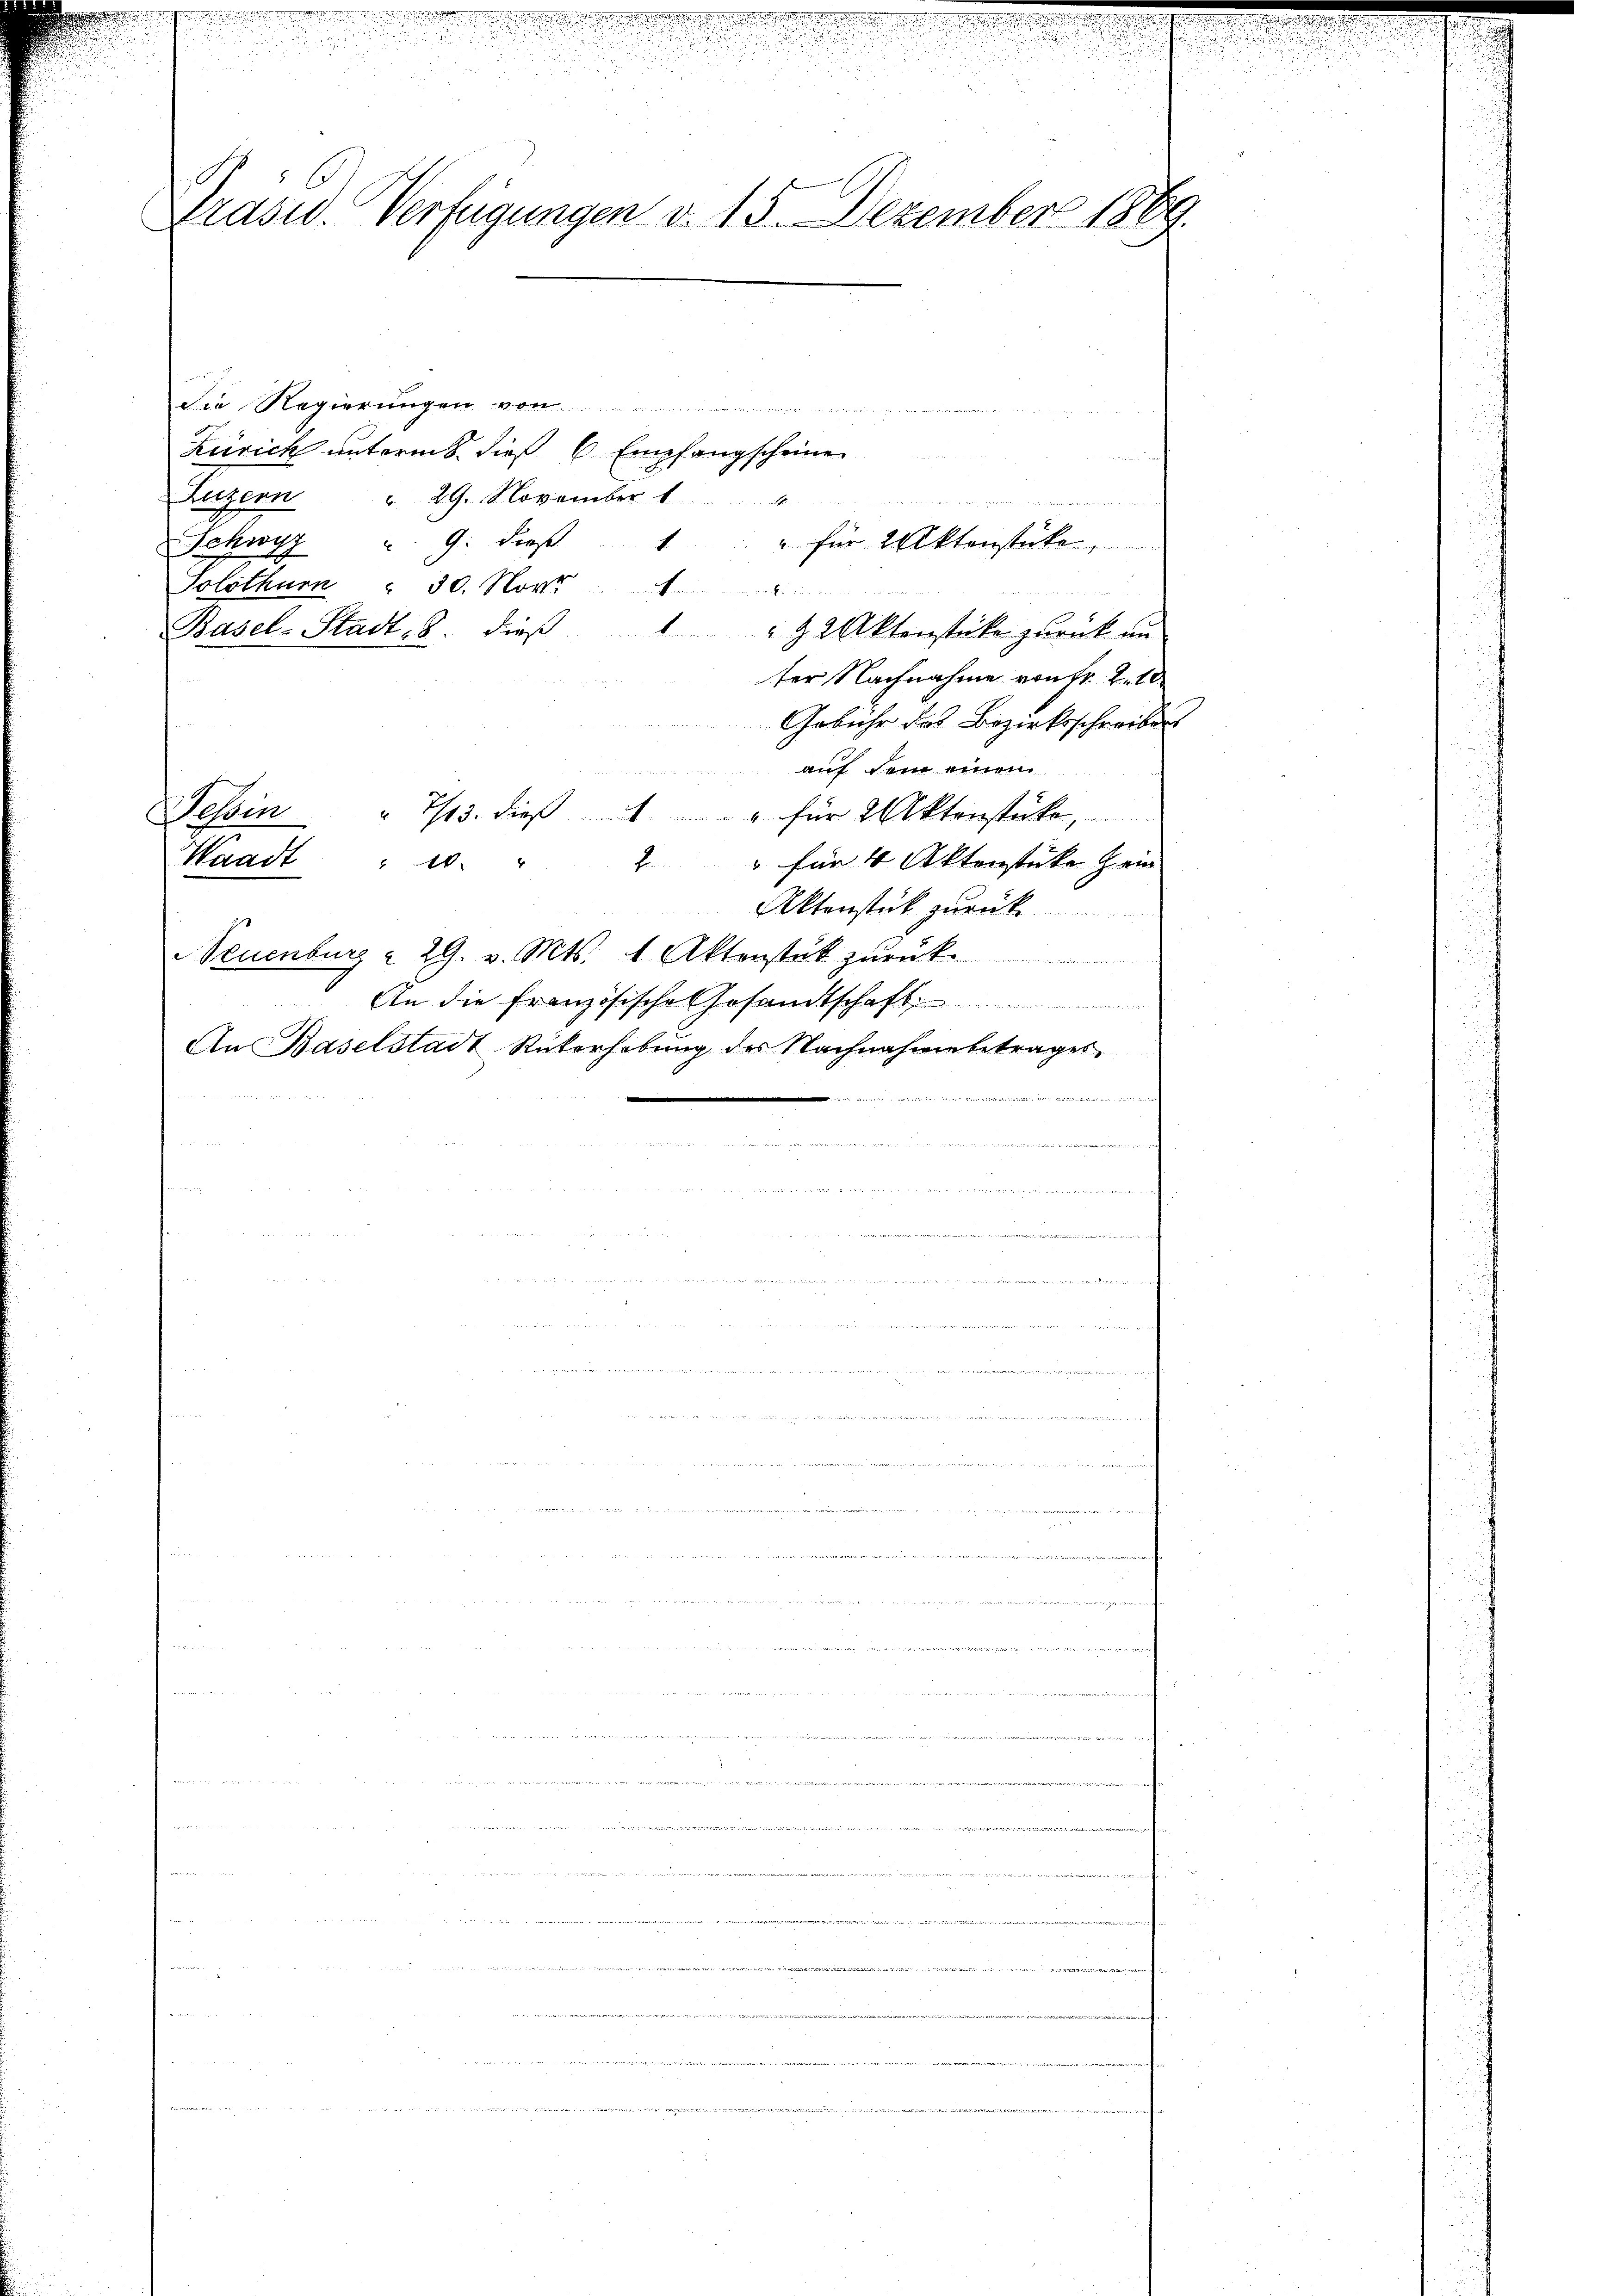
Präsid. Verfügungen v. 15. Dezember 1869.

d
Die Regierungen von
Zürich unternt, dies C. Empfangscheine
Luzern 29. November .................................
Schwyz 9. dieß
Solothur " 30. Nov. 1
e
Basel-Stadt. 8. dieβ " " 92 Aktenstücke zŭrück un
ter Nachnahme von Fr. 2. 10
Gebühr des Bezirksschreiber
auf dem einen
Haben
" 7/13. dieβ " " für 2 Aktenstücke,
Waadt " "
2 " für 4 Aktenstücke Hein
Aktenstück zurück
Neuenburg  29. v. Mts. 1. Aktenstät zŭrück

An die französische Gesandtschaft
An Baselstadt Rükerhebŭng des Nachnahmebetrages
 der Secundären
u
ogne den sein einen ist den deren des von der von Hand die schrei

et die

2

" für 2 Aktenstücke